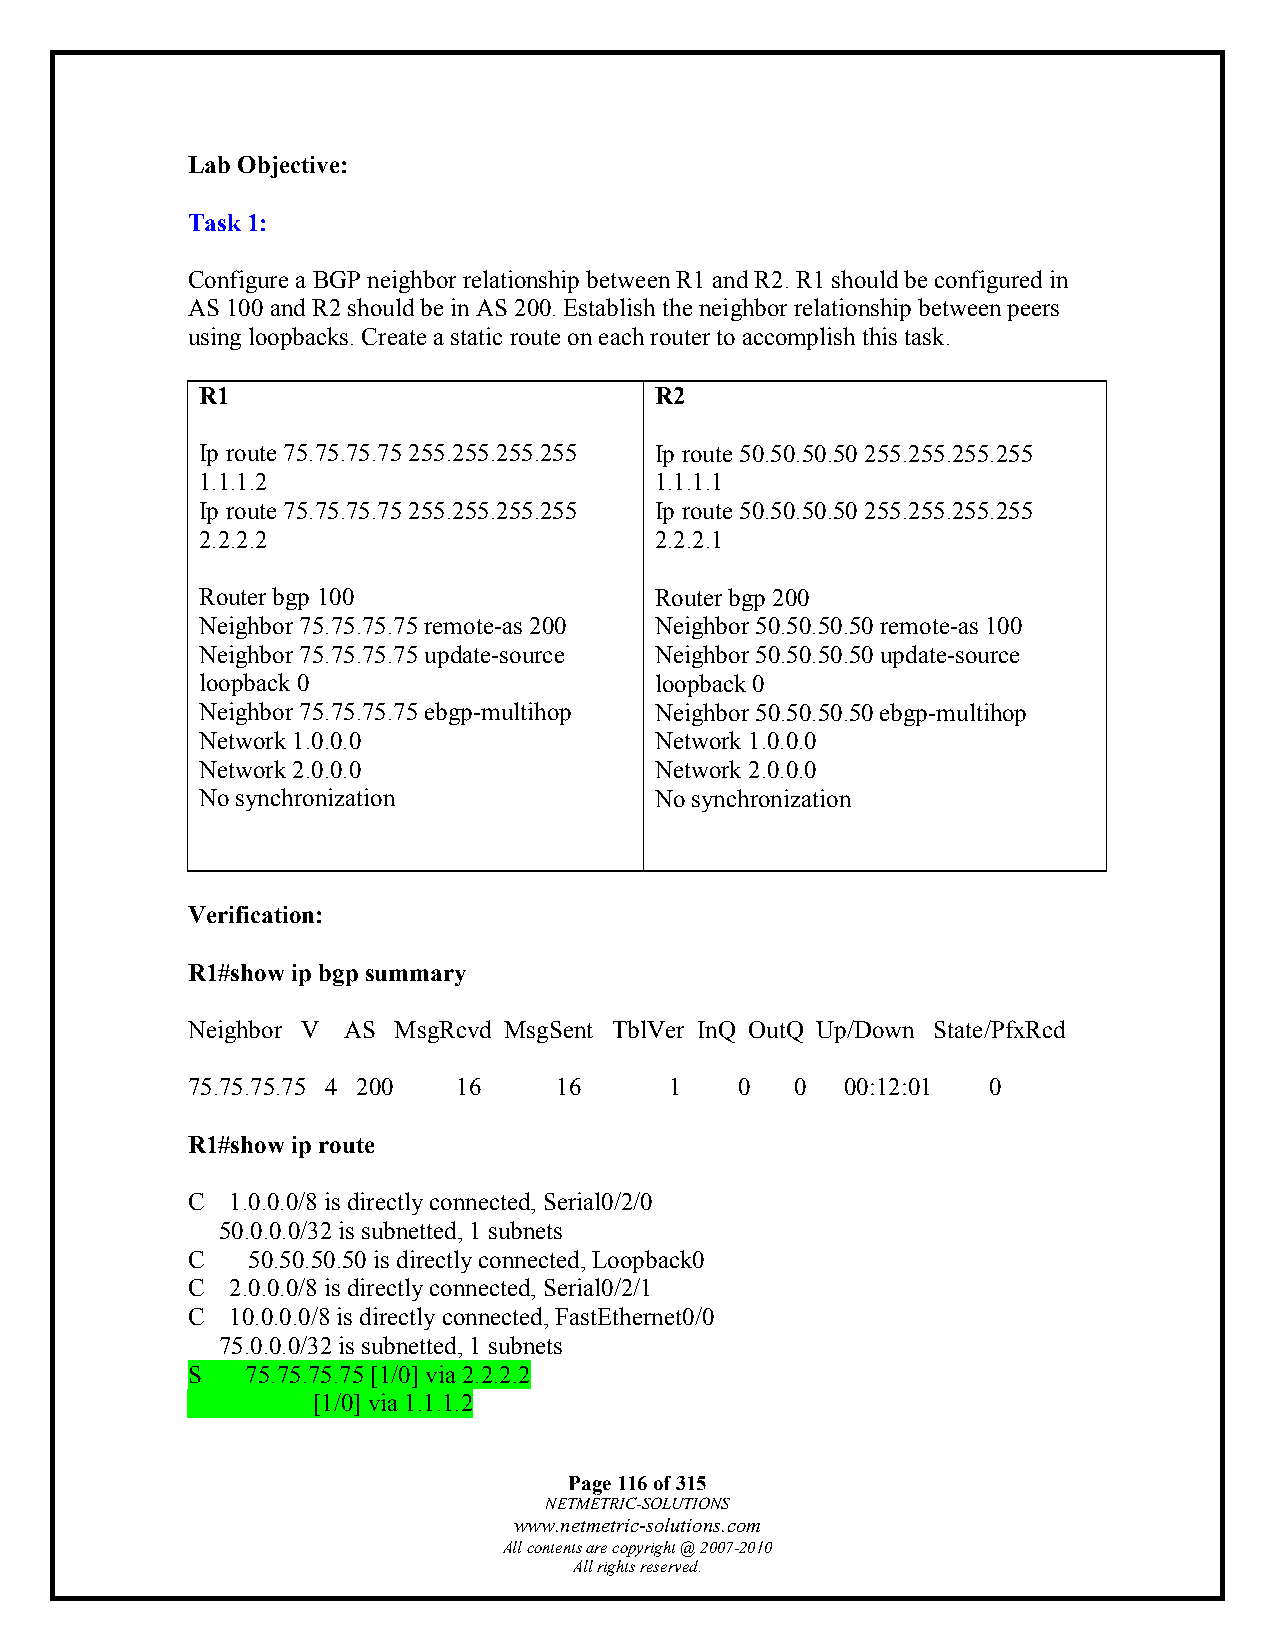
Lab Objective:
 Task 1:
 Configure a BGP neighbor relationship between R1 and R2. R1 should be configured in
 AS 100 and R2 should be in AS 200. Establish the neighbor relationship between peers
 using loopbacks. Create a static route on each router to accomplish this task.
 R1                            R2
 Ip route 75.75.75.75 255.255.255.255 Ip route 50.50.50.50 255.255.255.255
 1.1.1.2                       1.1.1.1
 Ip route 75.75.75.75 255.255.255.255 Ip route 50.50.50.50 255.255.255.255
 2.2.2.2                       2.2.2.1
 Router bgp 100                Router bgp 200
 Neighbor 75.75.75.75 remote-as 200 Neighbor 50.50.50.50 remote-as 100
 Neighbor 75.75.75.75 update-source Neighbor 50.50.50.50 update-source
 loopback 0                    loopback 0
 Neighbor 75.75.75.75 ebgp-multihop Neighbor 50.50.50.50 ebgp-multihop
 Network 1.0.0.0               Network 1.0.0.0
 Network 2.0.0.0               Network 2.0.0.0
 No synchronization            No synchronization
 Verification:
 R1#show ip bgp summary
 Neighbor V AS MsgRcvd MsgSent TblVer InQ OutQ Up/Down State/PfxRcd
 75.75.75.75 4 200 16     16     1    0   0  00:12:01 0
 R1#show ip route
 C  1.0.0.0/8 is directly connected, Serial0/2/0
 50.0.0.0/32 is subnetted, 1 subnets
 C   50.50.50.50 is directly connected, Loopback0
 C  2.0.0.0/8 is directly connected, Serial0/2/1
 C  10.0.0.0/8 is directly connected, FastEthernet0/0
 75.0.0.0/32 is subnetted, 1 subnets
 S   75.75.75.75 [1/0] via 2.2.2.2
 [1/0] via 1.1.1.2
 Page 116 of 315
 NETMETRIC-SOLUTIONS
 www.netmetric-solutions.com
 All contents are copyright @ 2007-2010
 All rights reserved.